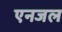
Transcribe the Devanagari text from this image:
एनजल